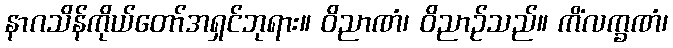
နာဂသိန်ကိုယ်တော်အရှင်ဘုရား။ ဝိညာဏံ၊ ဝိညာဉ်သည်။ ကိံလက္ခဏံ၊